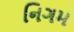
નિગમ